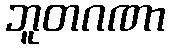
ဘူတဂဏာ